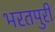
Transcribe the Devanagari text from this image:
भरतपुरी